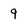
Character: 9